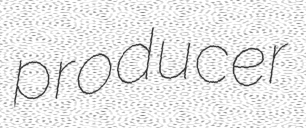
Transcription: producer